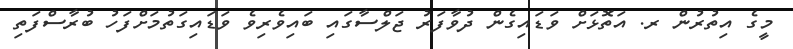
މީގެ އިތުރުން ރ. އަތޮޅަށް ވަޑައިގެން ދުވާފަރު ޖަލްސާގައި ބައިވެރިވެ ވަޑައިގަތުމަށްފަހު ބުރާސްފަތި